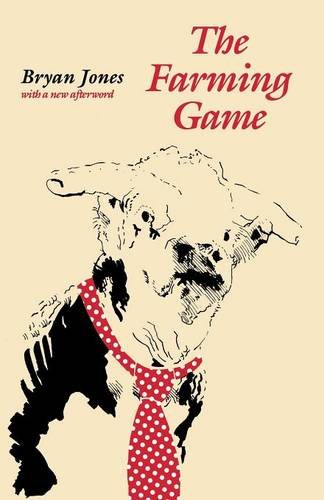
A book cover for The Farming Game; Bryan L. Jones; Humor & Entertainment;